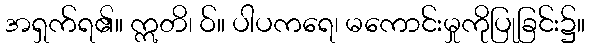
အရှက်ရ၏။ ဣတိ၊ ဝ်။ ပါပကရေ၊ မကောင်းမှုကိုပြုခြင်း၌။